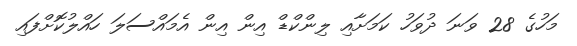
މަހުގެ 28 ވަނަ ދުވަހު ކަމަށާއި ލިންކްޑް އިން އިން އެމައްސަލަ ހައްލުކޮށްފައި